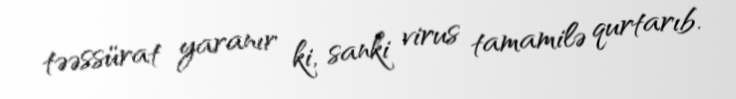
təəssürat yaranır ki, sanki virus tamamilə qurtarıb.